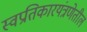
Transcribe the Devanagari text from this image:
स्वप्रतिकारयंत्रणेतील